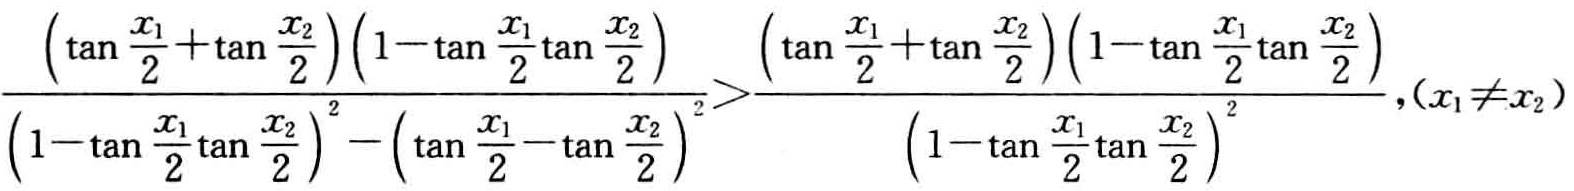
\[\frac{\left(\tan \frac{x_{1}}{2}+\tan \frac{x_{2}}{2}\right)\left(1 - \tan \frac{x_{1}}{2}\tan \frac{x_{2}}{2}\right)}{\left(1-\tan \frac{x_{1}}{2}\tan \frac{x_{2}}{2}\right)^{2}-\left(\tan \frac{x_{1}}{2}-\tan \frac{x_{2}}{2}\right)^{2}}>\frac{\left(\tan \frac{x_{1}}{2}+\tan \frac{x_{2}}{2}\right)\left(1 - \tan \frac{x_{1}}{2}\tan \frac{x_{2}}{2}\right)}{\left(1-\tan \frac{x_{1}}{2}\tan \frac{x_{2}}{2}\right)^{2}},(x_{1}\neq x_{2})\]